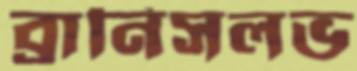
ব্রানিসলভ